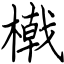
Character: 橶